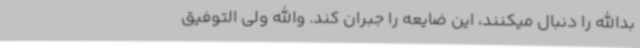
بدالله را دنبال میکنند، این ضایعه را جبران کند. والله ولی التوفیق